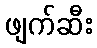
ဖျက်ဆီး